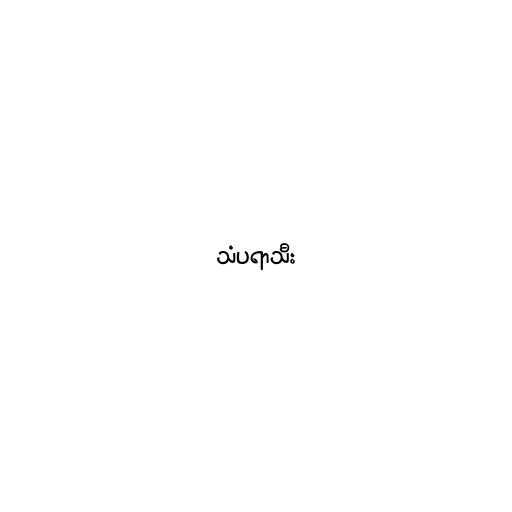
သံပရာသီး